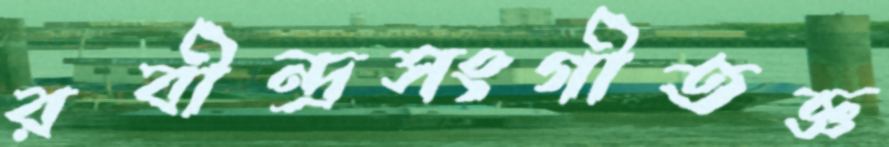
রবীন্দ্রসংগীতজ্ঞ